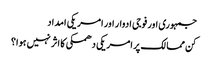
جمہوری اور فوجی ادوار اور امریکی امداد
کن ممالک پر امریکی دھمکی کا اثر نہیں ہوا؟